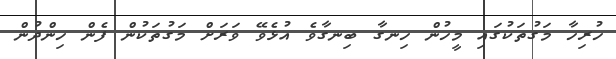
ހުރިހާ މަގުތަކުގައި މީހުން ހިނގާ ބިނގާވެ އުޅެވޭ ވަރަށް މަގުތަކުން ފެން ހިންދުން